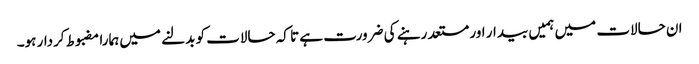
ان حالات میں ہمیں بیدار اور مستعد رہنے کی ضرورت ہے تا کہ حالات کو بدلنے میں ہمارا مضبوط کردار ہو۔